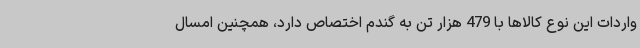
واردات این نوع کالاها با 479 هزار تن به گندم اختصاص دارد، همچنین امسال